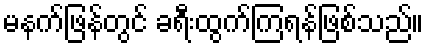
မနက်ဖြန်တွင် ခရီးထွက်ကြရန်ဖြစ်သည်။